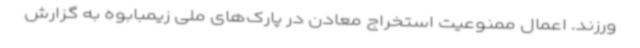
ورزند. اعمال ممنوعیت استخراج معادن در پارک‌های ملی زیمبابوه به گزارش